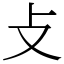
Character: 攴